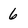
Character: 6